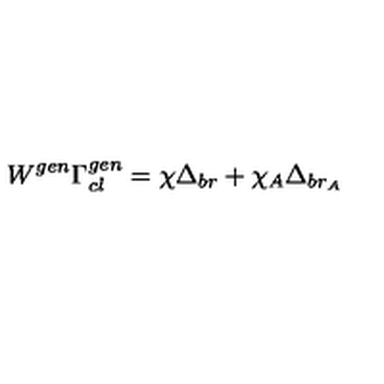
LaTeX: W ^ { g e n } \Gamma _ { c l } ^ { g e n } = \chi \Delta _ { b r } + \chi _ { A } \Delta _ { b r _ { A } }